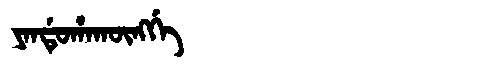
Manchu: ᠶᠠᠨᡩᡠᡥᠠᡴᡡᠩᡤᡝ
Romanization: YANDUHAKŪNGGE